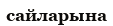
сайларына